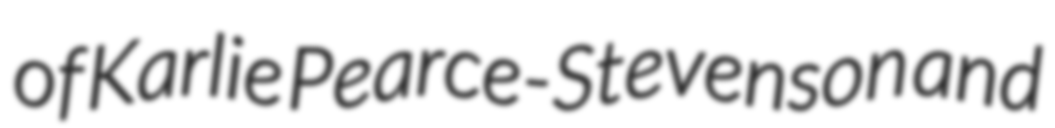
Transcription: of Karlie Pearce-Stevenson and